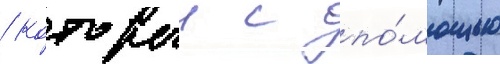
/ которыи с по́мощью